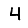
Digit: 4